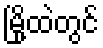
မြို့ထဲတွင်